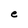
Character: e